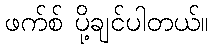
ဖက်စ် ပို့ချင်ပါတယ်။